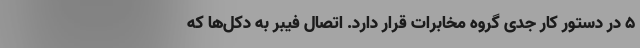
5 در دستور کار جدی گروه مخابرات قرار دارد. اتصال فیبر به دکل‌ها که